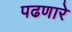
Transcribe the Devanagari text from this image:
पढणारे